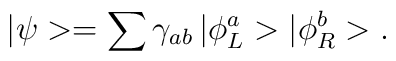
|\psi >=\sum \gamma _{ab}{\,}|\phi _L^a>|\phi _R^b>.